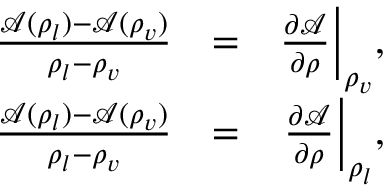
\begin{array} { r l r } { \frac { \mathcal { A } ( \rho _ { l } ) - \mathcal { A } ( \rho _ { v } ) } { \rho _ { l } - \rho _ { v } } } & { = } & { \frac { \partial \mathcal { A } } { \partial \rho } \bigg \vert _ { \rho _ { v } } , } \\ { \frac { \mathcal { A } ( \rho _ { l } ) - \mathcal { A } ( \rho _ { v } ) } { \rho _ { l } - \rho _ { v } } } & { = } & { \frac { \partial \mathcal { A } } { \partial \rho } \bigg \vert _ { \rho _ { l } } , } \end{array}